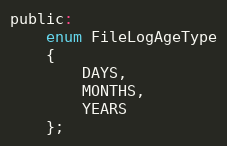
Language: C
public:
    enum FileLogAgeType
    {
        DAYS,
        MONTHS,
        YEARS
    };